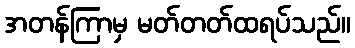
အတန်ကြာမှ မတ်တတ်ထရပ်သည်။